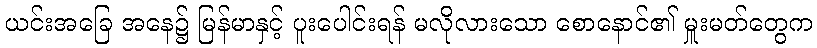
ယင်းအခြေ အနေ၌ မြန်မာနှင့် ပူးပေါင်းရန် မလိုလားသော စောနောင်၏ မှူးမတ်တွေက